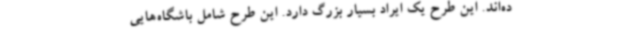
ده‌اند. این طرح یک ایراد بسیار بزرگ دارد. این طرح شامل باشگاه‌هایی